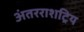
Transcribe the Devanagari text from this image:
अंतरराशट्रिय